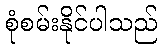
စုံစမ်းနိုင်ပါသည်